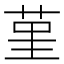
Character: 𦰌